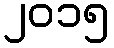
၂၀၁၅